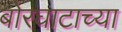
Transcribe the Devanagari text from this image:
बोरघाटाच्या